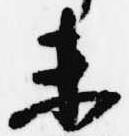
未